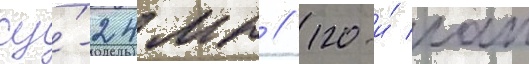
су́-24мр // 120-и́ иап